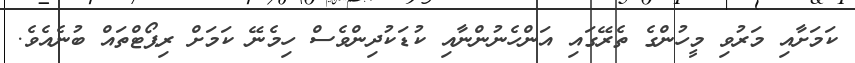
ކަމަށާއި މަރުވި މީހުންގެ ތެރޭގައި އަންހެނުންނާއި ކުޑަކުދިންވެސް ހިމެނޭ ކަމަށް ރިޕޯޓްތައް ބުނެއެވެ.